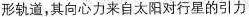
形轨道，其向心力来自太阳对行星的引力